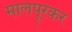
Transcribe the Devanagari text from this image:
मालपूरकर